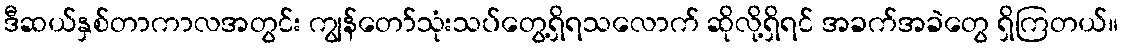
ဒီဆယ်နှစ်တာကာလအတွင်း ကျွန်တော်သုံးသပ်တွေ့ရှိရသလောက် ဆိုလို့ရှိရင် အခက်အခဲတွေ ရှိကြတယ်။